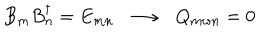
LaTeX: B _ { m } B _ { n } ^ { \dagger } = E _ { m n } \; \; \longrightarrow \; \; Q _ { m w n } = 0